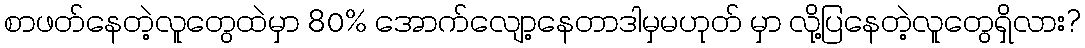
စာဖတ်နေတဲ့လူတွေထဲမှာ 80% အောက်လျော့နေတာဒါမှမဟုတ် မှာ လို့ပြနေတဲ့လူတွေရှိလား?